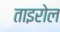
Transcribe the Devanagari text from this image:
ताइरोल